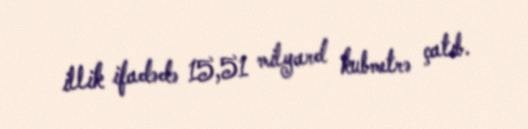
illik ifadədə 15,51 milyard kubmetrə çatıb.